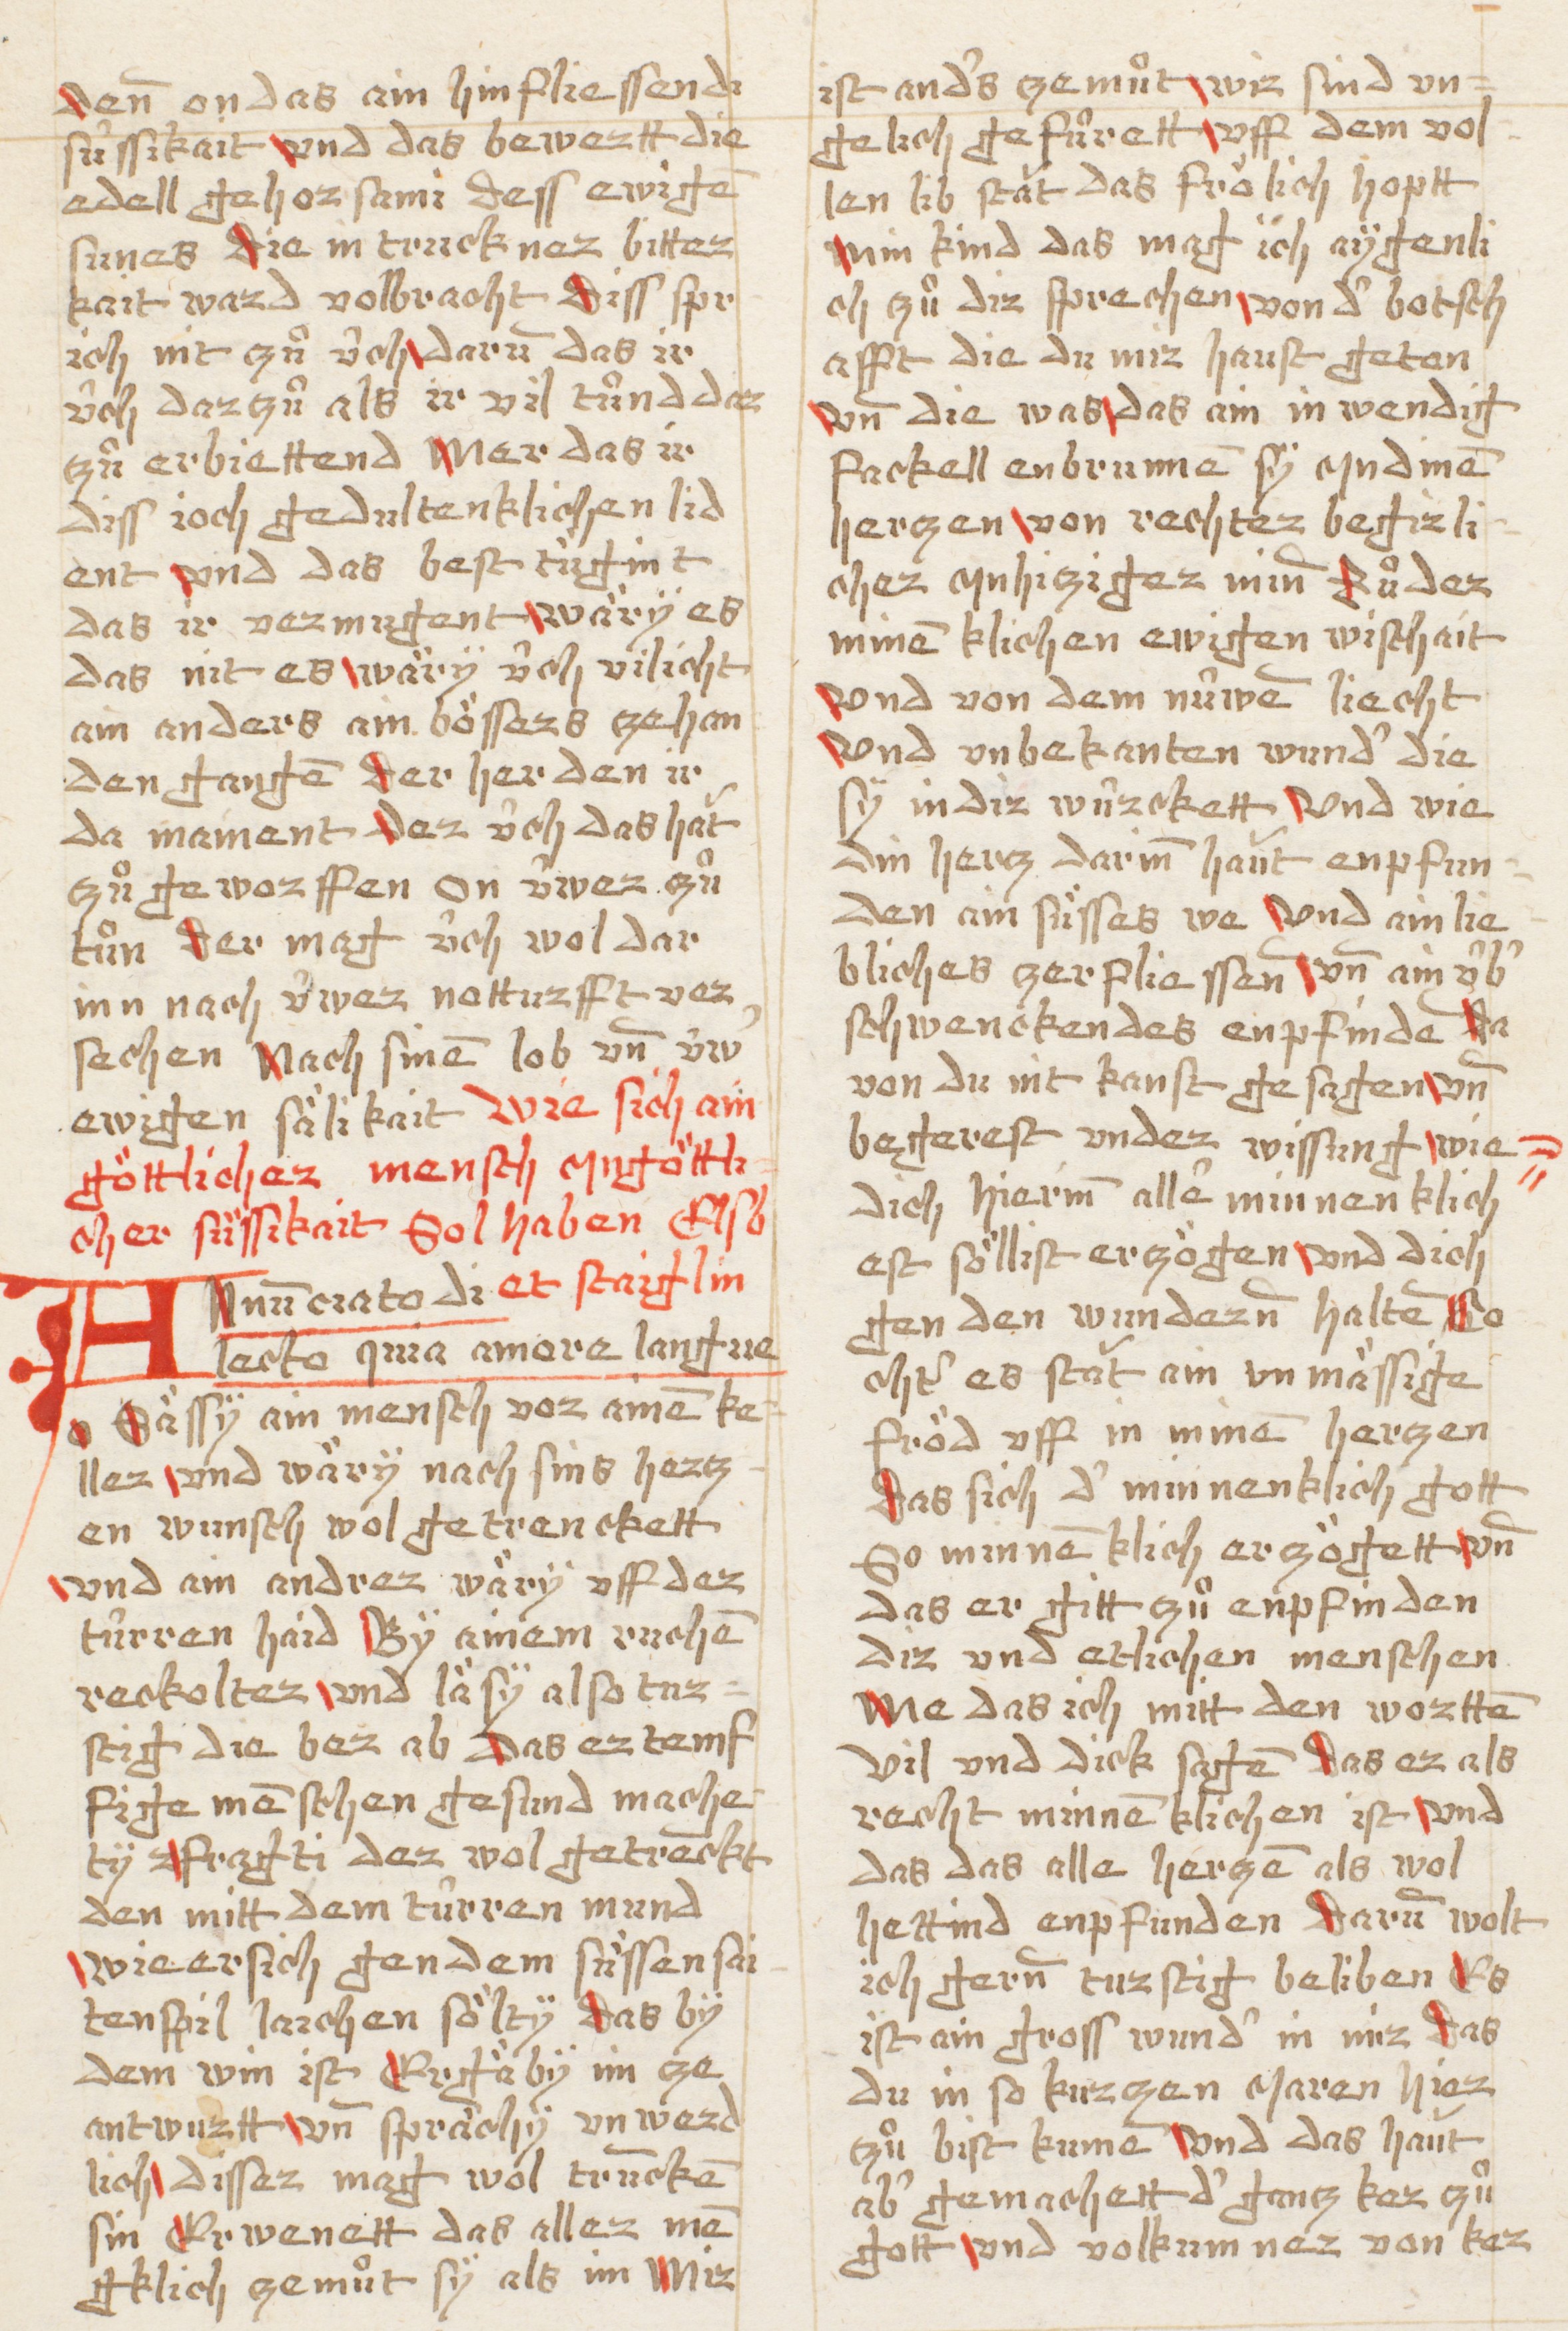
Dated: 1490–1520